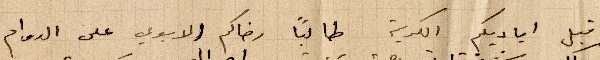
اقبل اياديكم الكريمة طالبًا رضاكم الابوي على الدوام